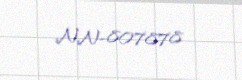
NN-807878